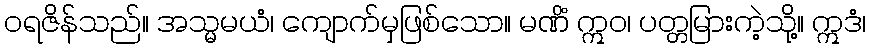
ဝရဇိန်သည်။ အသ္မမယံ၊ ကျောက်မှဖြစ်သော။ မဏိံ ဣဝ၊ ပတ္တမြားကဲ့သို့။ ဣဒံ၊